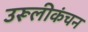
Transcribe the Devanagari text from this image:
उरूलीकंचन